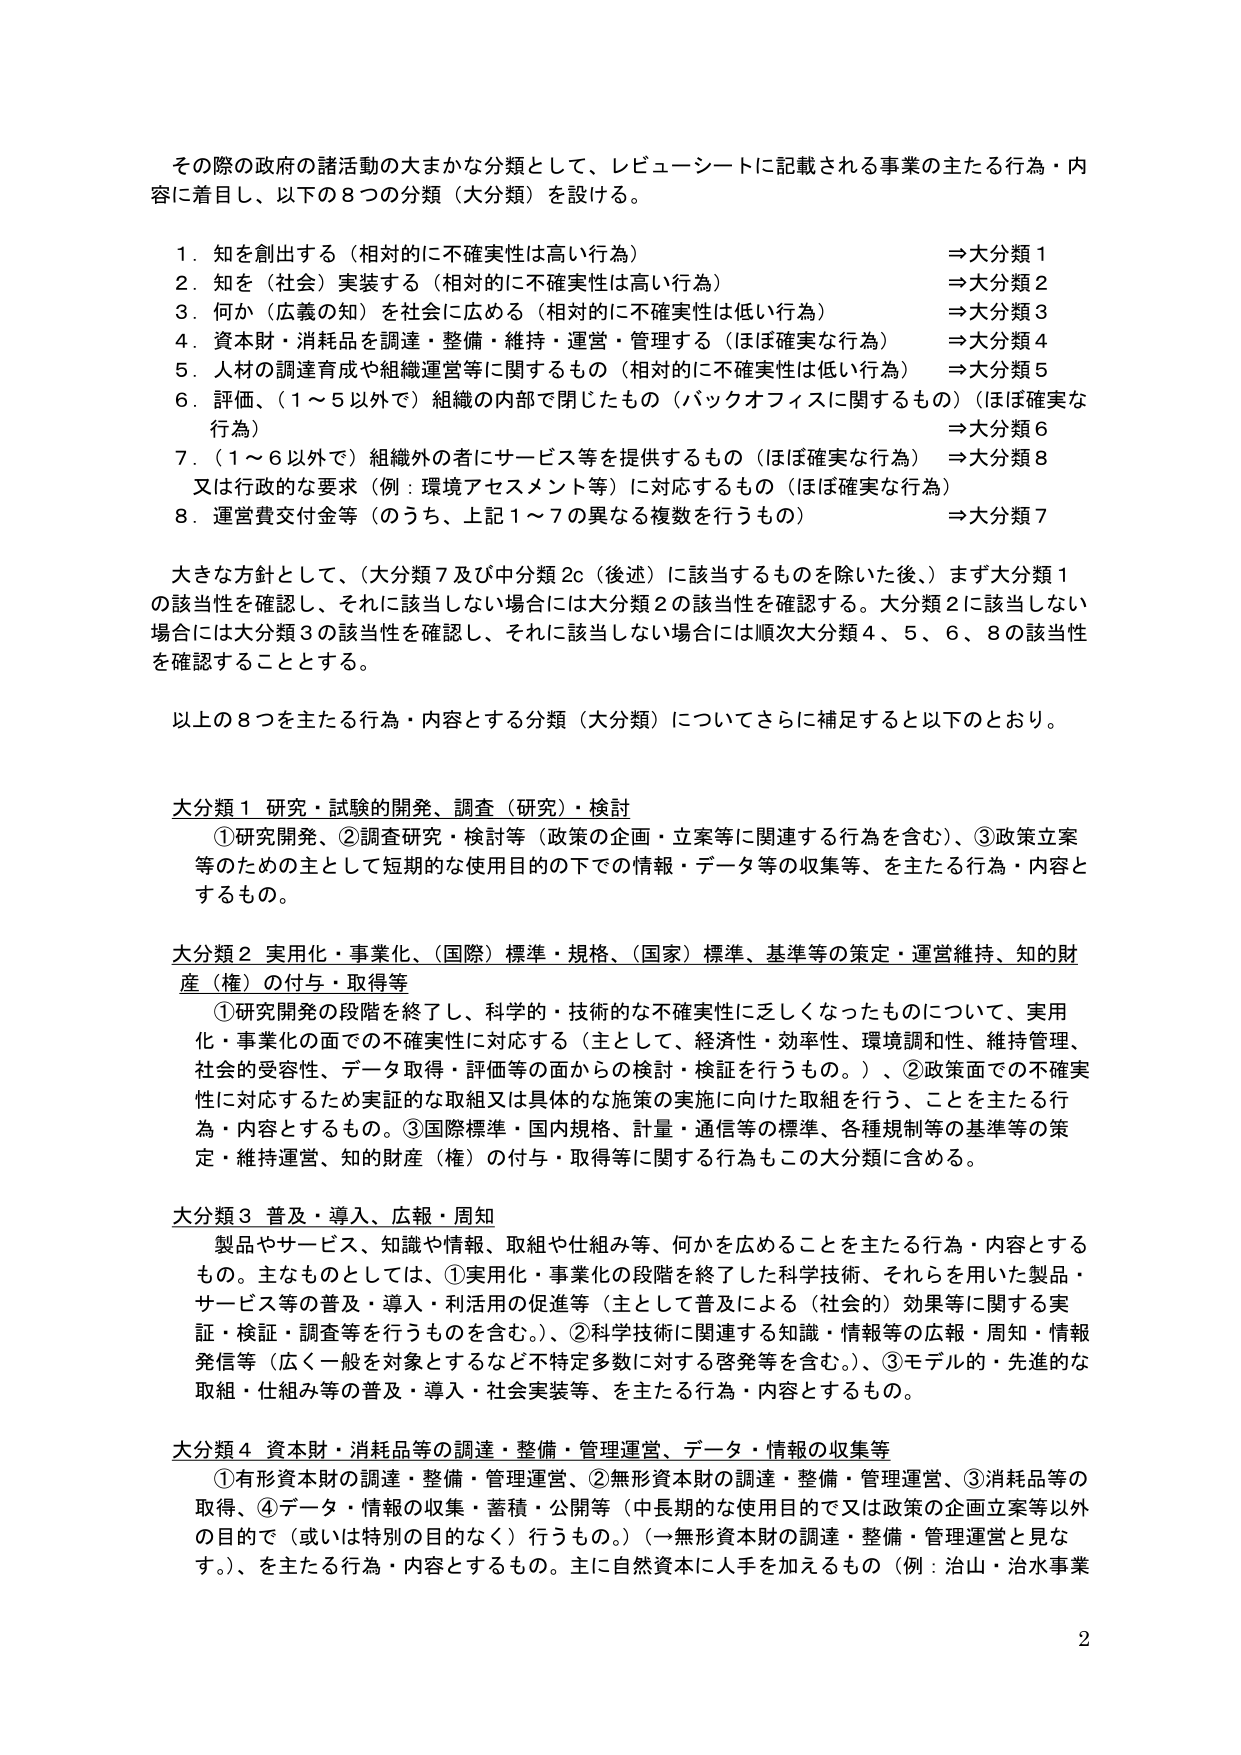
その際の政府の諸活動の大まかな分類として、レビューシートに記載される事業の主たる行為・内容に着目し、以下の8つの分類（大分類）を設ける。

1．知を創出する（相対的に不確実性は高い行為）　⇒大分類1
2．知を（社会）実装する（相対的に不確実性は高い行為）　⇒大分類2
3．何か（広義の知）を社会に広める（相対的に不確実性は低い行為）　⇒大分類3
4．資本財・消耗品を調達・整備・維持・運営・管理する（ほぼ確実な行為）　⇒大分類4
5．人材の調達育成や組織運営等に関するもの（相対的に不確実性は低い行為）　⇒大分類5
6．評価、（1～5以外で）組織の内部で閉じたもの（バックオフィスに関するもの）（ほぼ確実な行為）　⇒大分類6
7．（1～6以外で）組織外の者にサービス等を提供するもの（ほぼ確実な行為）　⇒大分類8
　　又は行政的な要求（例：環境アセスメント等）に対応するもの（ほぼ確実な行為）
8．運営費交付金等（のうち、上記1～7の異なる複数を行うもの）　⇒大分類7

大きな方針として、（大分類7及び中分類2c（後述）に該当するものを除いた後、）まず大分類1の該当性を確認し、それに該当しない場合には大分類2の該当性を確認する。大分類2に該当しない場合には大分類3の該当性を確認し、それに該当しない場合には順次大分類4、5、6、8の該当性を確認することとする。

以上の8つを主たる行為・内容とする分類（大分類）についてさらに補足すると以下のとおり。

大分類1 研究・試験の開発、調査（研究）・検討
　①研究開発、②調査研究・検討等（政策の企画・立案等に関連する行為を含む）、③政策立案等のための主として短期的な使用目的の下での情報・データ等の収集等、を主たる行為・内容とするもの。

大分類2 実用化・事業化、（国際）標準・規格、（国家）標準、基準等の策定・運営維持、知的財産（権）の付与・取得等
　①研究開発の段階を終了し、科学的・技術的な不確実性に乏しくなったものについて、実用化・事業化の面での不確実性に対応する（主として、経済性・効率性、環境調和性、維持管理、社会的受容性、データ取得・評価等の面からの検討・検証を行うもの。）、②政策面での不確実性に対応するため実証的な取組又は具体的な施策の実施に向けた取組を行う、ことを主たる行為・内容とするもの。③国際標準・国内規格、計量・通信等の標準、各種規制等の基準等の策定・維持運営、知的財産（権）の付与・取得等に関する行為もこの大分類に含める。

大分類3 普及・導入、広報・周知
　製品やサービス、知識や情報、取組や仕組み等、何かを広めることを主たる行為・内容とするもの。主なものとしては、①実用化・事業化の段階を終了した科学技術、それらを用いた製品・サービス等の普及・導入・利活用の促進等（主として普及による（社会的）効果等に関する実証・検証・調査等を行うものを含む。）、②科学技術に関連する知識・情報等の広報・周知・情報発信等（広く一般を対象とするなど不特定多数に対する啓発等を含む。）、③モデル的・先進的な取組・仕組み等の普及・導入・社会実装等、を主たる行為・内容とするもの。

大分類4 資本財・消耗品等の調達・整備・管理運営、データ・情報の収集等
　①有形資本財の調達・整備・管理運営、②無形資本財の調達・整備・管理運営、③消耗品等の取得、④データ・情報の収集・蓄積・公開等（中長期的な使用目的で又は政策の企画立案等以外の目的で（或いは特別の目的なく）行うもの。）（一無形資本財の調達・整備・管理運営と見なす。）、を主たる行為・内容とするもの。主に自然資本に人手を加えるもの（例：治山・治水事業

2